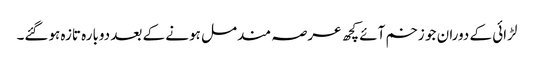
لڑائی کے دوران جو زخم آئے کچھ عرصہ مندمل ہونے کے بعد دوبارہ تازہ ہوگئے۔